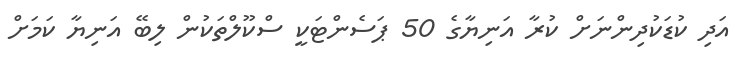
އަދި ކުޑަކުދިންނަށް ކުރާ އަނިޔާގެ 50 ޕަސެންޓަކީ ސްކޫލްތަކުން ލިބޭ އަނިޔާ ކަމަށް